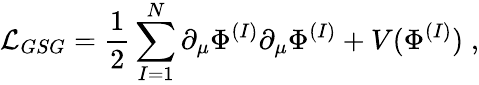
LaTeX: {\cal L}_{GSG}=\frac{1}{2}\sum_{I=1}^{N}\partial_{\mu}\Phi^{(I)}\partial_{\mu}\Phi^{(I)}+V(\Phi^{(I)})\; ,